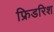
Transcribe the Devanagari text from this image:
फ्रिडरिश